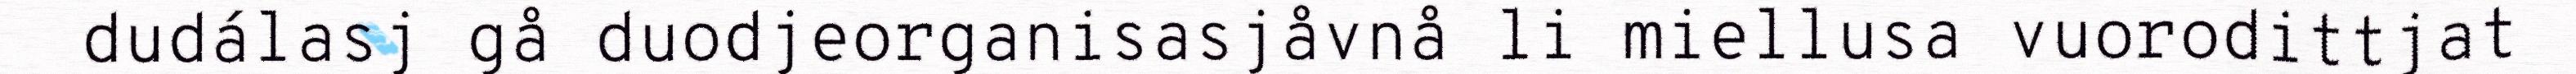
dudálasj gå duodjeorganisasjåvnå li miellusa vuorodittjat